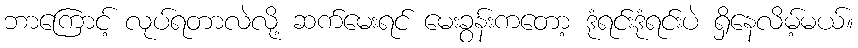
ဘာကြောင့် လုပ်ရတာလဲလို့ ဆက်မေးရင် မေးခွန်းကတော့ ဒုံရင်းဒုံရင်းပဲ ရှိနေလိမ့်မယ်။